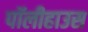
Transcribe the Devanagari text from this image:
पॉलीहाउस